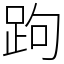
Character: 跔